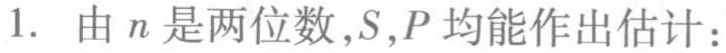
1. 由 \(n\) 是两位数，\(S\)，\(P\) 均能作出估计：